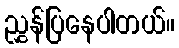
ညွှန်ပြနေပါတယ်။